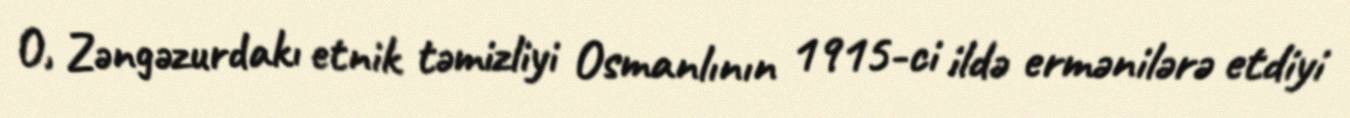
O, Zəngəzurdakı etnik təmizliyi Osmanlının 1915-ci ildə ermənilərə etdiyi